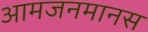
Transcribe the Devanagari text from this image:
आमजनमानस